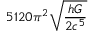
5 1 2 0 \pi ^ { 2 } { \sqrt { \frac { h G } { 2 c ^ { 5 } } } }